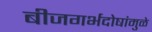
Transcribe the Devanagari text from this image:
बीजगर्भदोषांमुळे